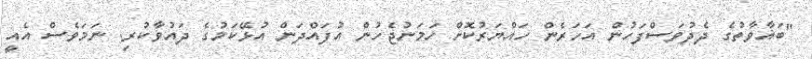
"ބަޣާވާތުގެ ދެދުވަސްފަހުން އަހަރެން ހައްޔަރުކޮށް ހަމަނުޖެހުން އުފައްދަން އުޅޭކަމުގެ ދައުވާކުރި. ނަމަވެސް އެއީ